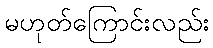
မဟုတ်ကြောင်းလည်း